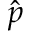
\hat { p }